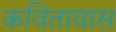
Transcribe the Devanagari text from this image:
कवितावास